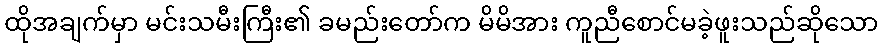
ထိုအချက်မှာ မင်းသမီးကြီး၏ ခမည်းတော်က မိမိအား ကူညီစောင်မခဲ့ဖူးသည်ဆိုသော